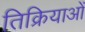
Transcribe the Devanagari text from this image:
तिक्रियाओं